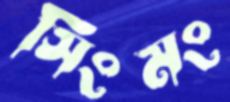
সিংমং